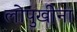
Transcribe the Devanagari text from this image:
लोपुखीना